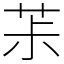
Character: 茮